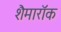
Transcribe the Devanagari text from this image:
शैमारॉक